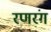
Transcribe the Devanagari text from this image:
रणरंग